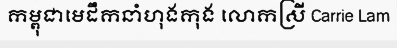
កម្ពុជាមេដឹកនាំហុងកុង លោកស្រី Carrie Lam